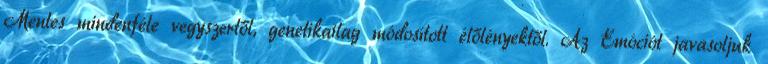
Mentes mindenféle vegyszertől, genetikailag módosított élőlényektől. Az Emóciót javasoljuk